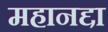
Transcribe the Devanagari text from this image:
महानद्दा